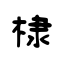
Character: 棣